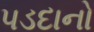
પડદાનો